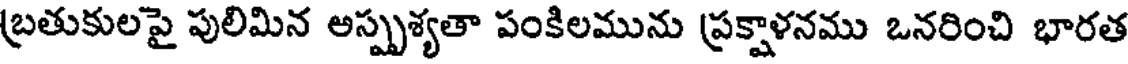
బ్రతుకులపై పులిమిన అస్పృశ్యతా పంకిలమును ప్రక్షాళనము ఒనరించి భారత